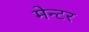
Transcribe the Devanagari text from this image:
मेन्टर